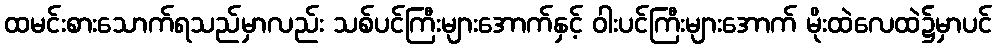
ထမင်းစားသောက်ရသည်မှာလည်း သစ်ပင်ကြီးများအောက်နှင့် ဝါးပင်ကြီးများအောက် မိုးထဲလေထဲ၌မှာပင်